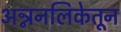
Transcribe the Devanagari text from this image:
अन्ननलिकेतून